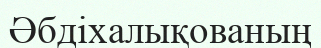
Әбдіхалықованың